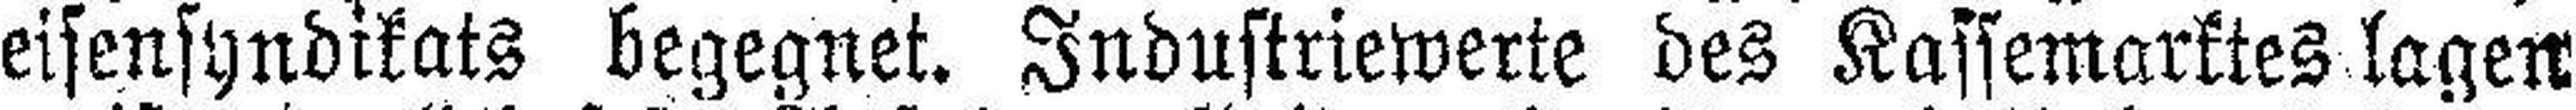
eisensyndikats begegnet. Industriewerte des Kassemarktes lagen